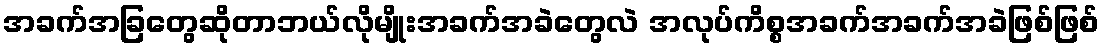
အခက်အခြတွေဆိုတာဘယ်လိုမျိုးအခက်အခဲတွေလဲ အလုပ်ကိစ္စအခက်အခက်အခဲဖြစ်ဖြစ်